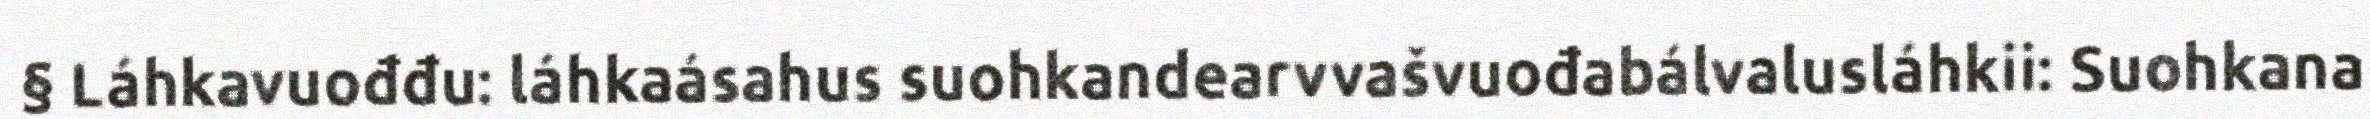
§ Láhkavuođđu: láhkaásahus suohkandearvvašvuođabálvalusláhkii: Suohkana